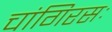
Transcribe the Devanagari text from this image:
चांगिरसः